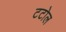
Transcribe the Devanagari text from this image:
टटोल